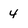
Character: 4